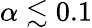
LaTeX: \alpha\lesssim 0.1